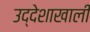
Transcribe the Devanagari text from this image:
उद्देशाखाली